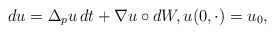
\begin{align*} d u = \Delta_p u \,d t + \nabla u \circ d W, u(0,\cdot) = u_0, \end{align*}